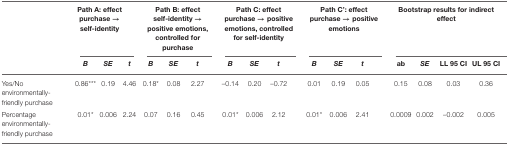
<table><thead><tr><td></td><td colspan="3"><b>Path A: effect purchase → self-identity</b></td><td colspan="3"><b>Path B: effect self-identity → positive emotions, controlled for purchase</b></td><td colspan="3"><b>Path C: effect purchase → positive emotions, controlled for self-identity</b></td><td colspan="3"><b>Path C&#x27;: effect purchase → positive emotions</b></td><td colspan="4"><b>Bootstrap results for indirect effect</b></td></tr><tr><td></td><td><b><i>B</i></b></td><td><b><i>SE</i></b></td><td><b><i>t</i></b></td><td><b><i>B</i></b></td><td><b><i>SE</i></b></td><td><b><i>t</i></b></td><td><b><i>B</i></b></td><td><b><i>SE</i></b></td><td><b><i>t</i></b></td><td><b><i>B</i></b></td><td><b><i>SE</i></b></td><td><b><i>t</i></b></td><td><b>ab</b></td><td><b><i>SE</i></b></td><td><b>LL 95 CI</b></td><td><b>UL 95 CI</b></td></tr></thead><tbody><tr><td>Yes/No environmentally-friendly purchase</td><td>0.86<sup>***</sup></td><td>0.19</td><td>4.46</td><td>0.18<sup>*</sup></td><td>0.08</td><td>2.27</td><td>–0.14</td><td>0.20</td><td>–0.72</td><td>0.01</td><td>0.19</td><td>0.05</td><td>0.15</td><td>0.08</td><td>0.03</td><td>0.36</td></tr><tr><td>Percentage environmentally-friendly purchase</td><td>0.01<sup>*</sup></td><td>0.006</td><td>2.24</td><td>0.07</td><td>0.16</td><td>0.45</td><td>0.01<sup>*</sup></td><td>0.006</td><td>2.12</td><td>0.01<sup>*</sup></td><td>0.006</td><td>2.41</td><td>0.0009</td><td>0.002</td><td>–0.002</td><td>0.005</td></tr></tbody></table>